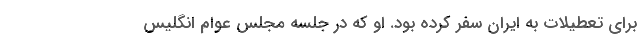
برای تعطیلات به ایران سفر کرده بود. او که در جلسه مجلس عوام انگلیس